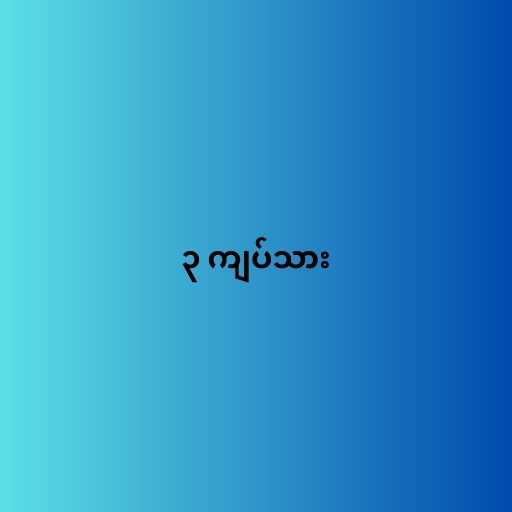
၃ ကျပ်သား